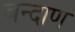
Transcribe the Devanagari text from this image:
बन्दाण